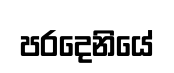
පරදෙනියේ